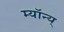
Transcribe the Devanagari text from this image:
म्यॉन्य्